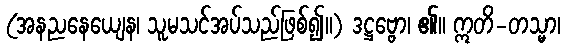
(အနညနေယျေန၊ သူမသင်အပ်သည်ဖြစ်၍။) ဒဋ္ဌဗ္ဗော၊ ၏။ ဣတိ-တသ္မာ၊